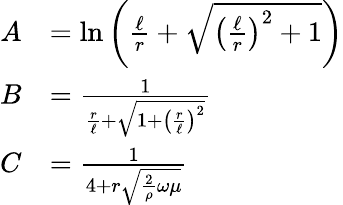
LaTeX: {\begin{array}{rl}{A}&{=\ln\left({\frac{\ell}{r}}+{\sqrt{\left({\frac{\ell}{r}}\right)^{2}+1}}\right)}\\ {B}&{={\frac{1}{{\frac{r}{\ell}}+{\sqrt{1+\left({\frac{r}{\ell}}\right)^{2}}}}}}\\ {C}&{={\frac{1}{4+r{\sqrt{{\frac{2}{\rho}}\omega\mu}}}}}\end{array}}